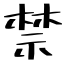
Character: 禁